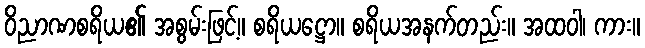
ဝိညာဏစရိယ၏ အစွမ်းဖြင့်။ စရိယဋ္ဌော။ စရိယအနက်တည်း။ အထဝါ၊ ကား။